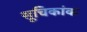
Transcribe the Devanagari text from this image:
सूचिकांक